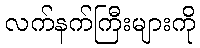
လက်နက်ကြီးများကို